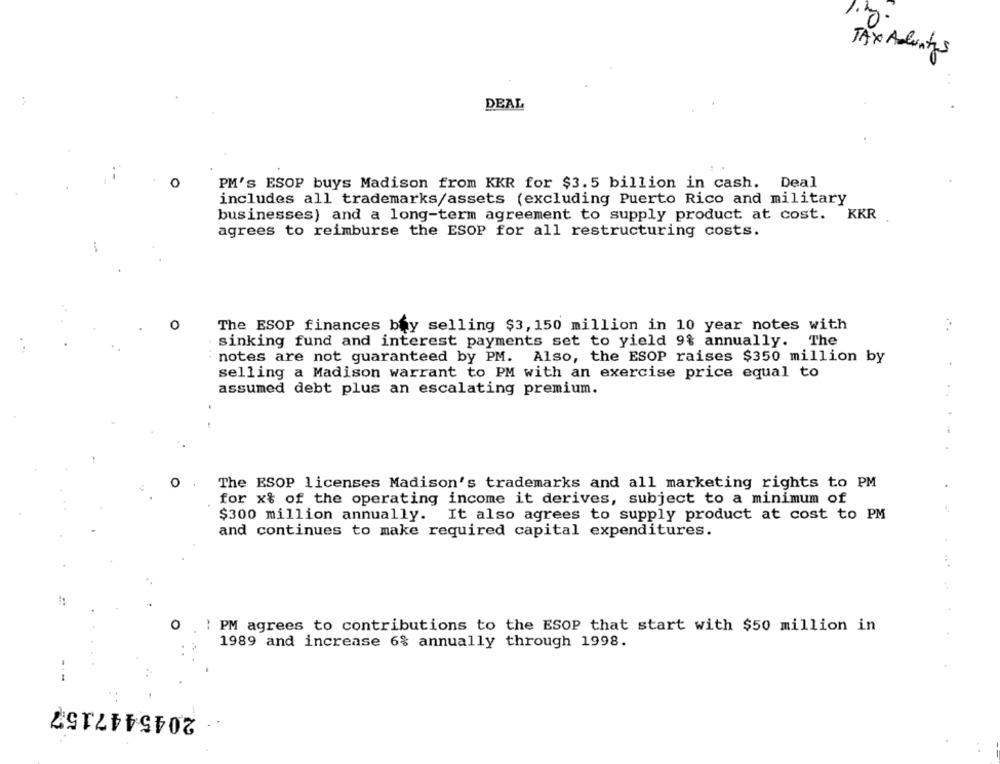
TAX Adentes
:
DEAL
PM's ESOP buys Madison from KKR for $3.5 billion in cash. Deal
includes all trademarks/assets (excluding Puerto Rico and military
businesses) and a long-term agreement to supply product at cost. KKR
agrees to reimburse the ESOP for all restructuring costs.
O
The ESOP finances bay selling $3, 150 million in 10 year notes with
sinking fund and interest payments set to yield 9% annually.
The
notes are not guaranteed by PM. Also, the ESOP raises $350 million by
selling a Madison warrant to PM with an exercise price equal to
assumed debt plus an escalating premium.
The ESOP licenses Madison's trademarks and all marketing rights to PM
for x% of the operating income it derives, subject to a minimum of
$300 million annually. It also agrees to supply product at cost to PM
and continues to make required capital expenditures.
O
: PM agrees to contributions to the ESOP that start with $50 million in
1989 and increase 6% annually through 1998.
2045447157